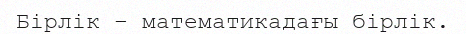
Бірлік – математикадағы бірлік.